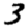
Digit: 3